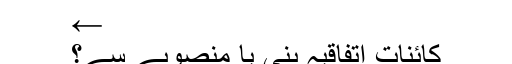
←
کائنات اتفاقیہ بنی یا منصوبے سے؟